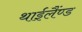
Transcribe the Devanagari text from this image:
थाईलैंण्ड